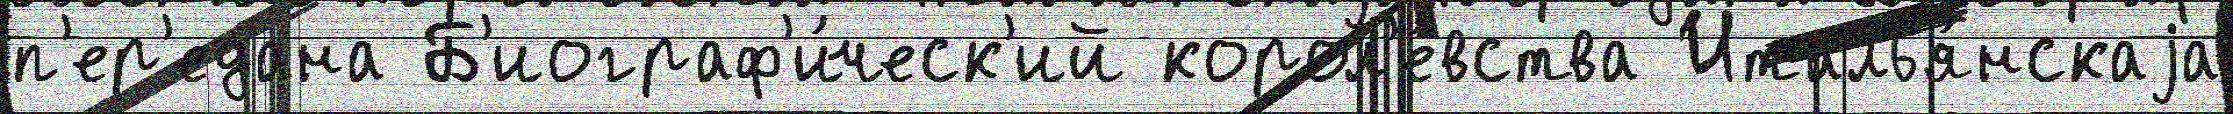
п'ер'едана Б'иограф'и́ческ'ий корол'е́вства Италья́нскаjа